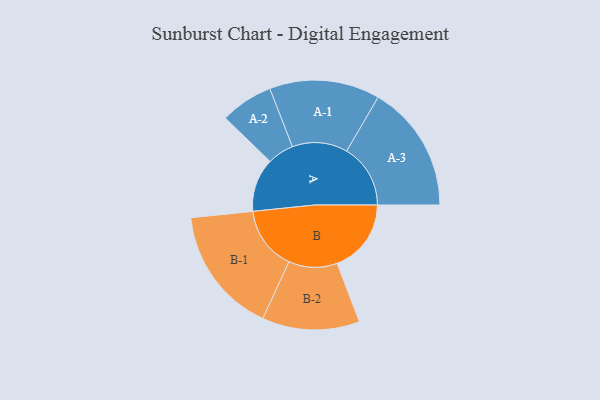
{"axis": {"x": "Segment", "y": "Value"}, "legend": ["", "A", "B"], "data": [{"x": "A", "y": 247, "type": ""}, {"x": "B", "y": 342, "type": ""}, {"x": "A-1", "y": 255, "type": "A"}, {"x": "A-2", "y": 122, "type": "A"}, {"x": "A-3", "y": 295, "type": "A"}, {"x": "B-1", "y": 294, "type": "B"}, {"x": "B-2", "y": 225, "type": "B"}]}